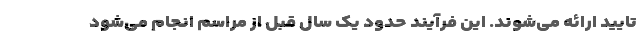
تایید ارائه می‌شوند. این فرآیند حدود یک سال قبل از مراسم انجام می‌شود